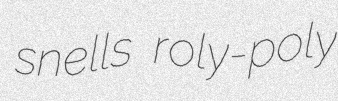
snells roly-poly